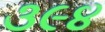
૩૯૪